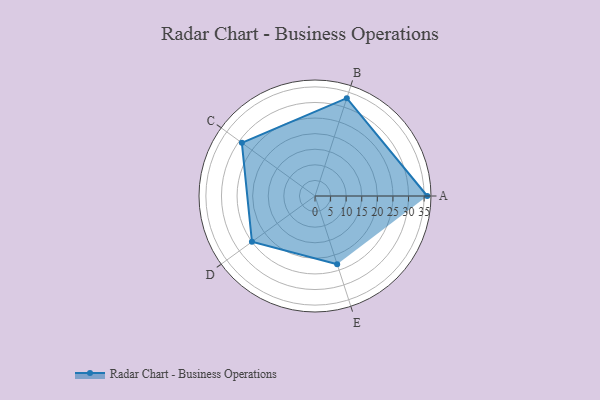
{"axis": {"x": "Skill", "y": "Score"}, "legend": ["Profile"], "data": [{"x": "A", "y": 36.0, "type": "Profile"}, {"x": "B", "y": 33.0, "type": "Profile"}, {"x": "C", "y": 29.0, "type": "Profile"}, {"x": "D", "y": 25.0, "type": "Profile"}, {"x": "E", "y": 23.0, "type": "Profile"}]}